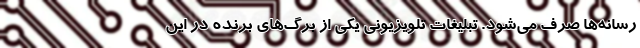
رسانه‌ها صرف می‌شود. تبلیغات تلویزیونی یکی از برگ‌های برنده در این